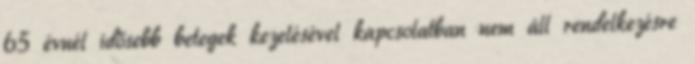
65 évnél idősebb betegek kezelésével kapcsolatban nem áll rendelkezésre